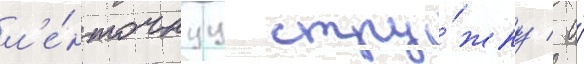
л'е́нточнуу стру́жку / а́